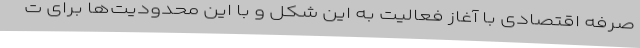
صرفه اقتصادی با آغاز فعالیت به این شکل و با این محدودیت‌ها برای ت